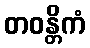
တဝန္တိကံ